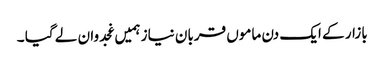
بازار کے ایک دن ماموں قربان نیاز ہمیں غجدوان لے گیا ۔